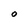
Character: O